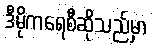
ဒီမိုကရေစီဆိုသည်မှာ